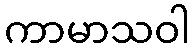
ကာမာသဝါ